Vaccination in Bombay 1889-1901 - 1889-1901
Year: 1889
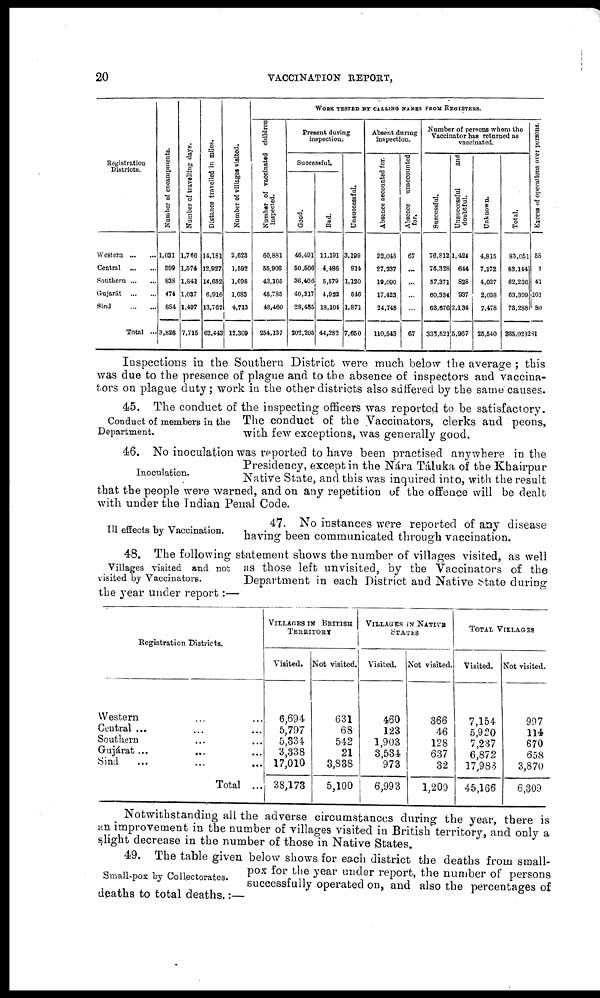
20
VACCINATION REPORT,
Registration
Districts.
Western ... ...
Central
...
...
Southern ... ...
Gujarát
...
...
Sind
...
...
Total ...
Number of encampments.
1,031
599
838
474
884
3,826
Number of travelling days.
1,766
1,574
1,841
1,037
1,497
7,715
Distance travelled in miles.
14,181
12,927
14,652
6,916
13,767
62,443
Number of villages visited.
2,623
1,592
1,698
1,683
4,713
12,309
WORK TESTED BY CALLING NAMES FROM REGISTERS.
Number of vaccinated children
inspected.
60,881
55,906
43,105
45,785
48,460
254,137
Present during
inspection.
Successful.
Good.
46,491
50,506
36,406
40,317
28,485
202,205
Bad.
11,191
4,486
5,579
4,922
18,104
44,282
Unsuccessful.
3,199
914
1,120
546
1,871
7,650
Absent during
inspection.
Absence accounted for.
22,045
27,237
19,090
17,423
24,748
110,543
Absence unaccounted
for.
67
...
...
...
...
67
Number of persons whom the
Vaccinator has returned as
vaccinated.
Successful.
76,812
75,328
57,371
60,334
63,676
333,521
Unsuccessful
and
doubtful.
1,424
644
828
937
2,134
5,967
Unknown.
4,815
7,172
4,037
2,038
7,478
25,540
Total.
83,051
83,144
62,236
63,309
73,288
335,028
Excess of operations over persons.
58
1
41
101
80
281
Inspections in the Southern District were much below the average ; this
was due to the presence of plague and to the absence of inspectors and vaccina¬
tors on plague duty; work in the other districts also suffered by the same causes.
Conduct of members in the
Department.
45. The conduct of the inspecting officers was reported to be satisfactory.
The conduct of the Vaccinators, clerks and peons,
with few exceptions, was generally good.
Inoculation.
46. No inoculation was reported to have been practised anywhere in the
Presidency, except in the Nára Táluka of the Khairpur
Native State, and this was inquired into, with the result
that the people were warned, and on any repetition of the offence will be dealt
with under the Indian Penal Code.
Ill effects by Vaccination.
47. No instances were reported of any disease
having been communicated through vaccination.
Villages visited and not
visited by Vaccinators.
48. The following statement shows the number of villages visited, as well
as those left unvisited, by the Vaccinators of the
Department in each District and Native State during
the year under report:—
Registration Districts.
Western ... ...
Central ... ... ...
Southern ... ...
Gujárat ... ... ...
Sind ... ... ...
Total ...
VILLAGES IN BRITISH
TERRITORY
Visited.
6,694
5,797
5,334
3,338
17,010
38,173
Not visited.
631
68
542
21
3,838
5,100
VILLAGES IN NATIVE
STATES
Visited.
460
123
1,903
3,534
973
6,993
Not visited.
366
46
128
637
32
1,209
TOTAL VILLAGES
Visited.
7,154
5,920
7,237
6,872
17,983
45,166
Not visited.
997
114
670
658
3,870
6,309
Notwithstanding all the adverse circumstances during the year, there is
an improvement in the number of villages visited in British territory, and only a
slight decrease in the number of those in Native States.
Small-pox by Collectorates.
49. The table given below shows for each district the deaths from small-
pox for the year under report, the number of persons
successfully operated on, and also the percentages of
deaths to total deaths.:—